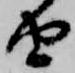
由